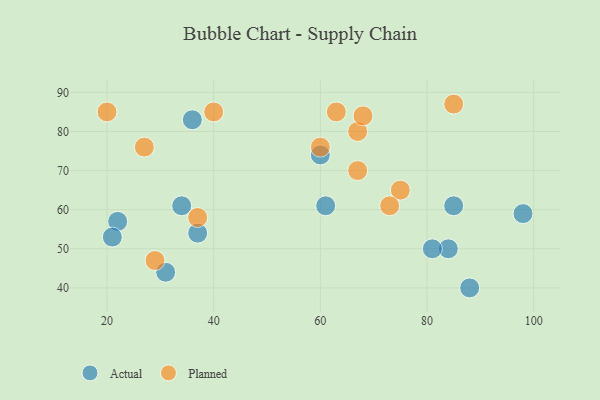
{"axis": {"x": "GDP", "y": "Life Expectancy"}, "legend": ["Actual", "Planned"], "data": [{"x": "85", "y": 61, "type": "Actual"}, {"x": "36", "y": 83, "type": "Actual"}, {"x": "84", "y": 50, "type": "Actual"}, {"x": "34", "y": 61, "type": "Actual"}, {"x": "31", "y": 44, "type": "Actual"}, {"x": "60", "y": 74, "type": "Actual"}, {"x": "98", "y": 59, "type": "Actual"}, {"x": "22", "y": 57, "type": "Actual"}, {"x": "88", "y": 40, "type": "Actual"}, {"x": "81", "y": 50, "type": "Actual"}, {"x": "37", "y": 54, "type": "Actual"}, {"x": "21", "y": 53, "type": "Actual"}, {"x": "61", "y": 61, "type": "Actual"}, {"x": "67", "y": 80, "type": "Planned"}, {"x": "67", "y": 70, "type": "Planned"}, {"x": "68", "y": 84, "type": "Planned"}, {"x": "63", "y": 85, "type": "Planned"}, {"x": "37", "y": 58, "type": "Planned"}, {"x": "40", "y": 85, "type": "Planned"}, {"x": "85", "y": 87, "type": "Planned"}, {"x": "27", "y": 76, "type": "Planned"}, {"x": "75", "y": 65, "type": "Planned"}, {"x": "20", "y": 85, "type": "Planned"}, {"x": "29", "y": 47, "type": "Planned"}, {"x": "60", "y": 76, "type": "Planned"}, {"x": "73", "y": 61, "type": "Planned"}]}